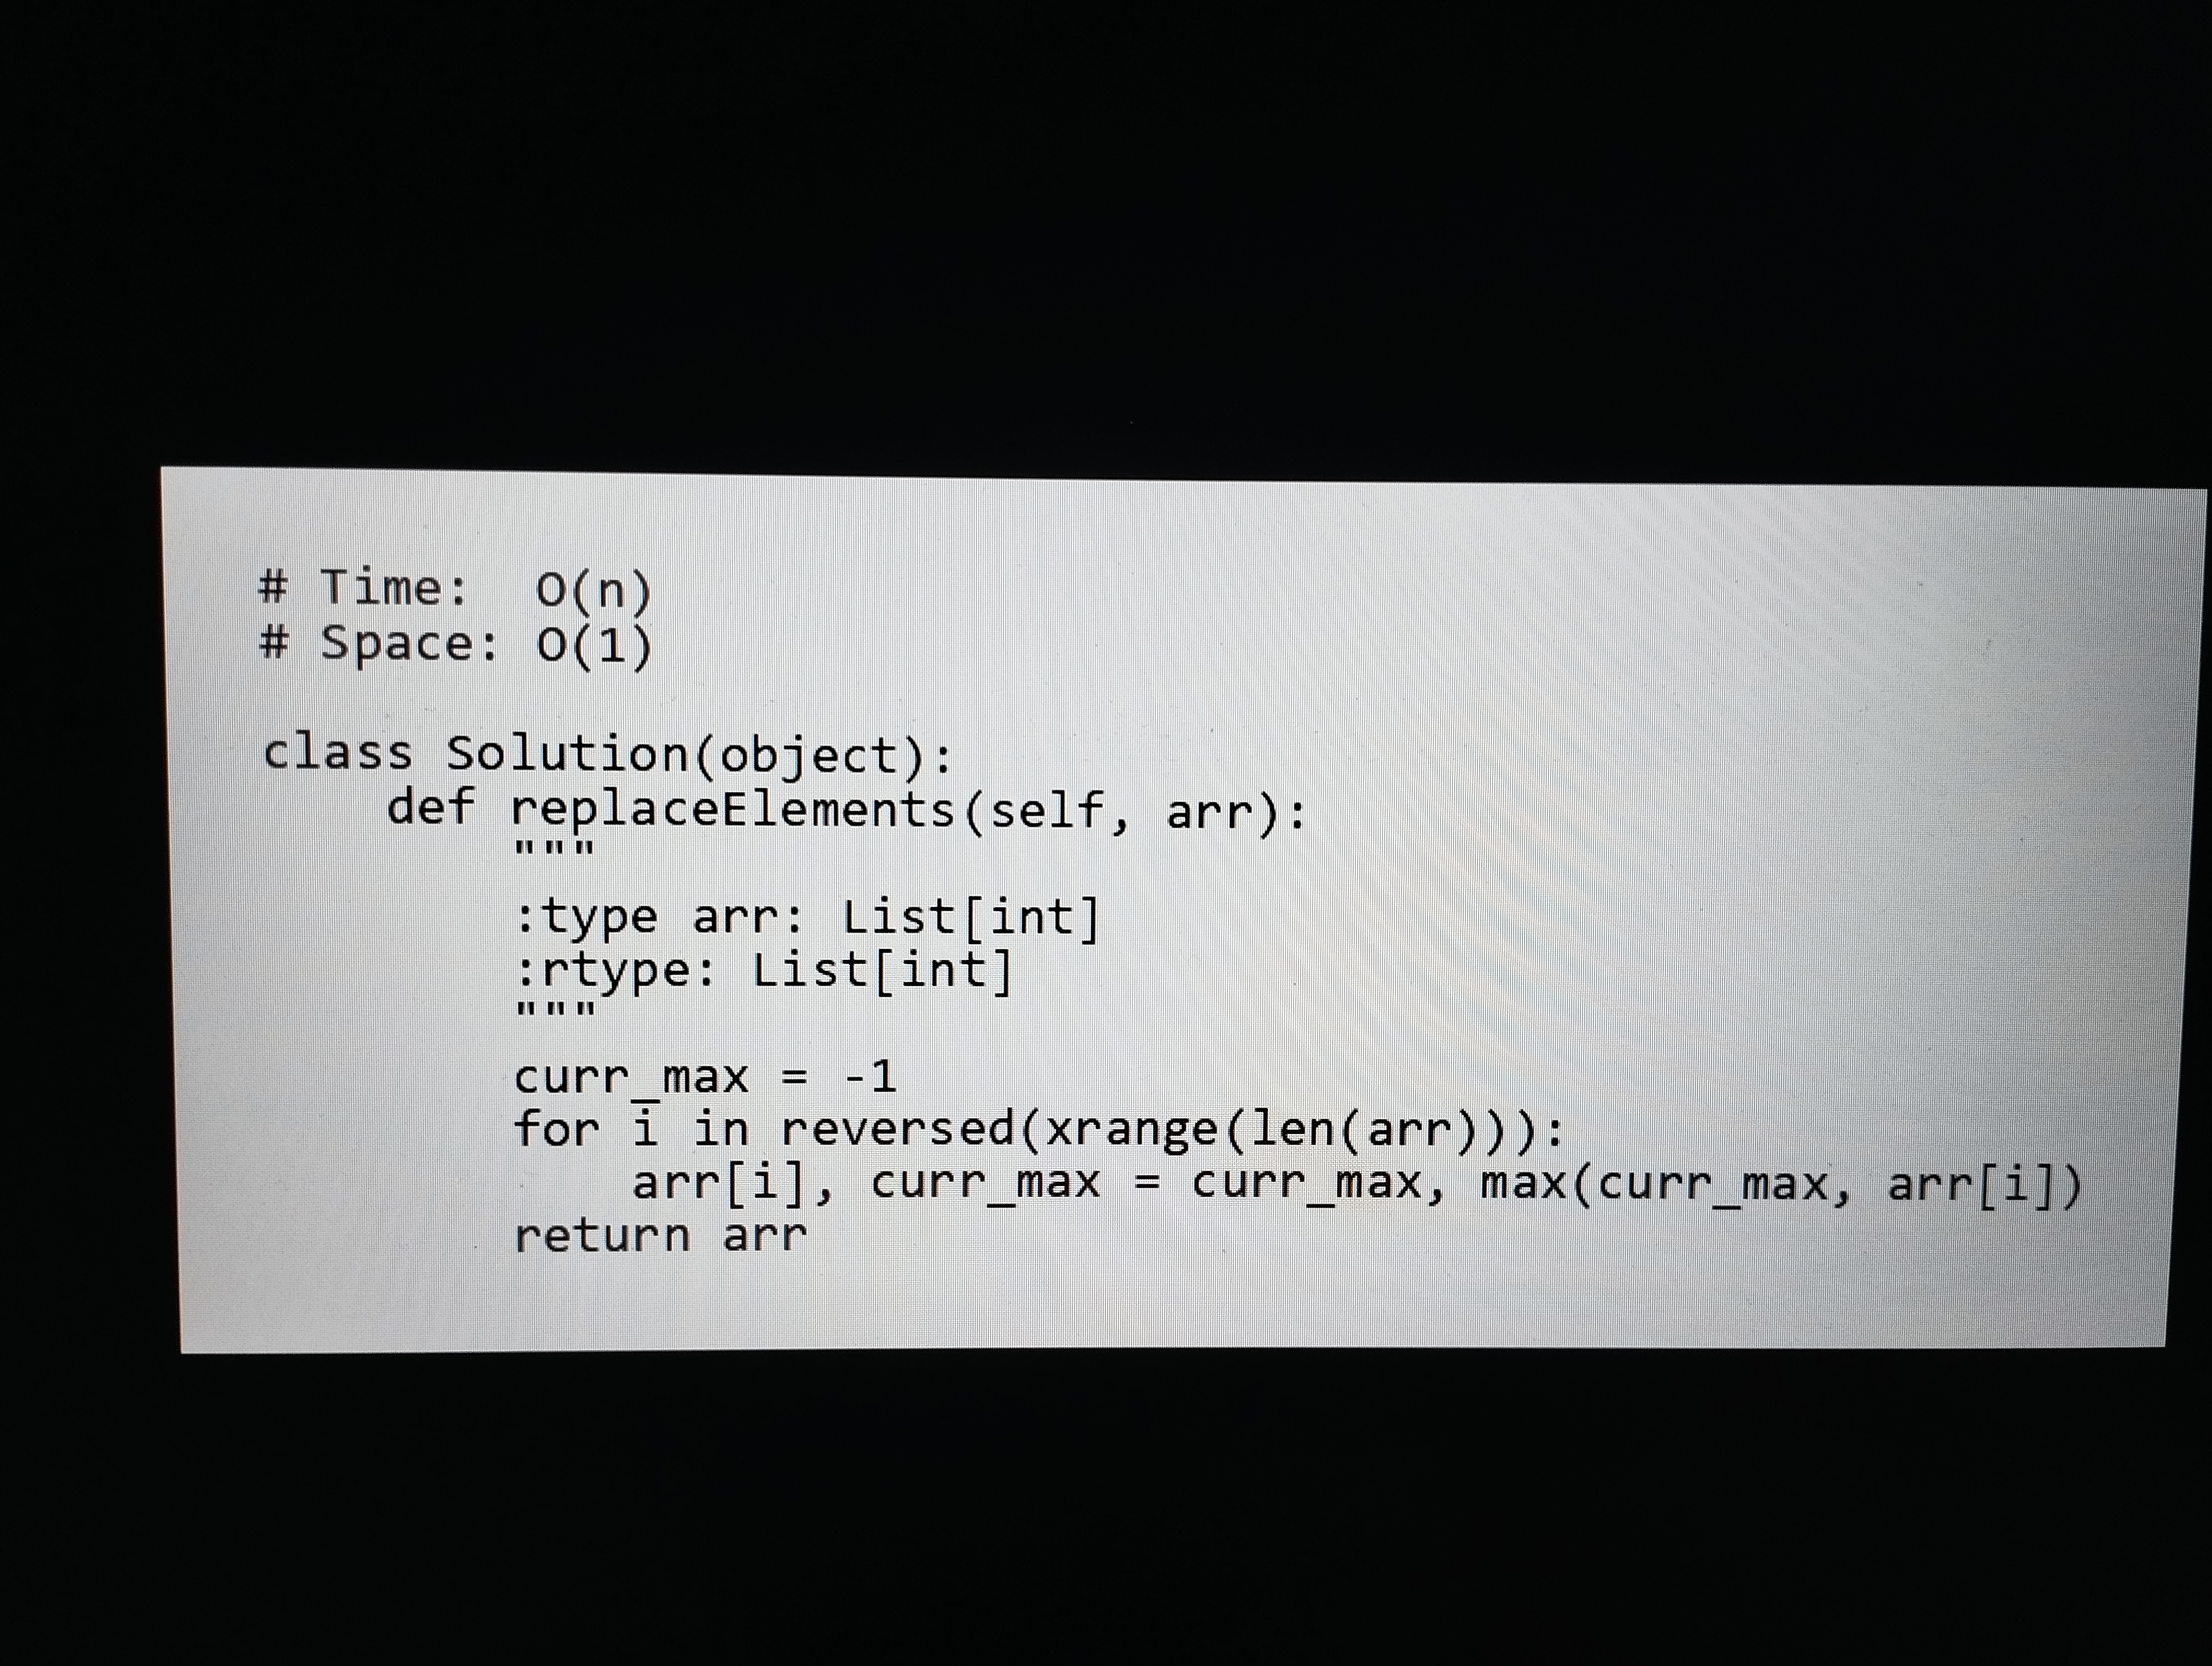
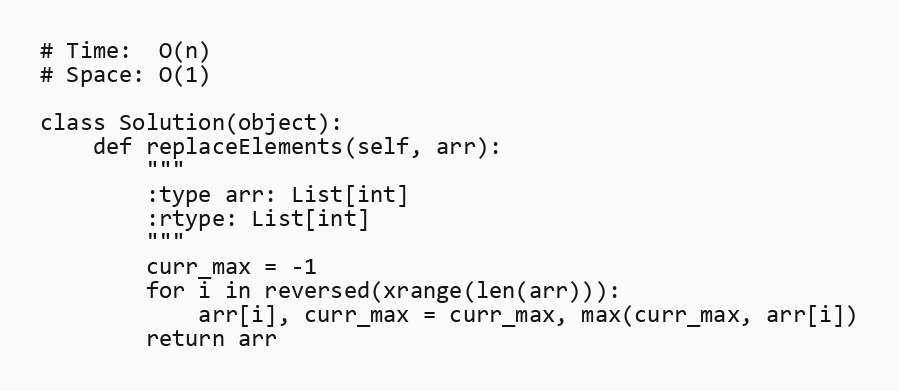
# Time:  O(n)
# Space: O(1)

class Solution(object):
    def replaceElements(self, arr):
        """
        :type arr: List[int]
        :rtype: List[int]
        """
        curr_max = -1
        for i in reversed(xrange(len(arr))):
            arr[i], curr_max = curr_max, max(curr_max, arr[i])
        return arr